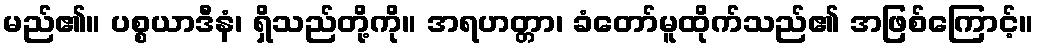
မည်၏။ ပစ္စယာဒီနံ၊ ရှိသည်တို့ကို။ အရဟတ္တာ၊ ခံတော်မူထိုက်သည်၏ အဖြစ်ကြောင့်။